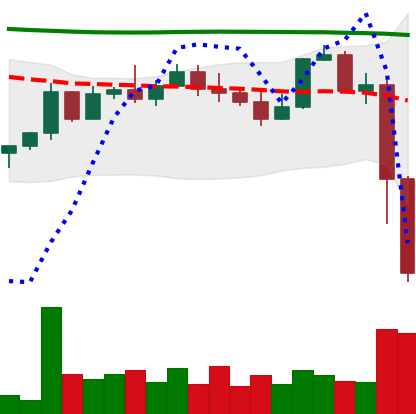
Ticker: NEO-USD
Chart end date: 2022-11-09
Forward return: 8.329%
Label: up_7plus